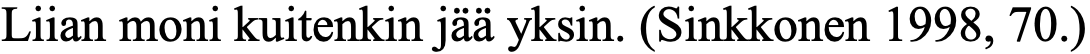
Liian moni kuitenkin jää yksin. (Sinkkonen 1998, 70.)